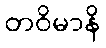
တဝိမာနိ